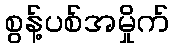
စွန့်ပစ်အမှိုက်